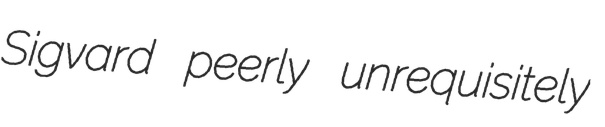
Sigvard peerly unrequisitely